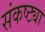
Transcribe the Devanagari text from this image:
संकष्ट्या